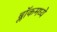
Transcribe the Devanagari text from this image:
ब्लॉकमध्‍ये